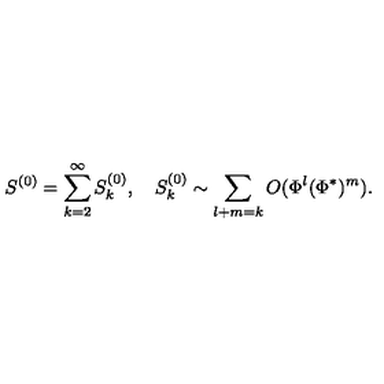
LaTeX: S ^ { ( 0 ) } = \sum _ { k = 2 } ^ { \infty } S _ { k } ^ { ( 0 ) } , \quad S _ { k } ^ { ( 0 ) } \sim \sum _ { l + m = k } O ( \Phi ^ { l } ( \Phi ^ { * } ) ^ { m } ) .